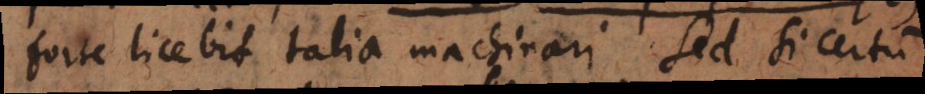
forte licebit talia machinari. Sed si certum